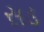
સડ